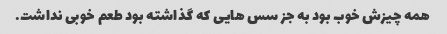
همه چیزش خوب بود به جز سس هایی که گذاشته بود طعم خوبی نداشت.